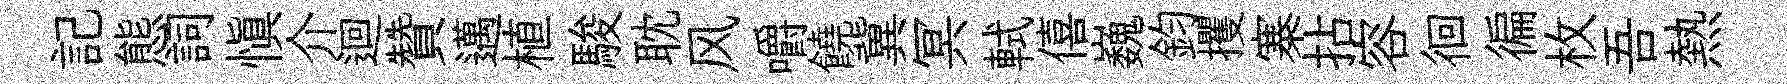
記態詞愼介迴贊邁植駿耽风嚼饒冀冥軾僖巍鈞攫寨拈容徊徧枚吾熱